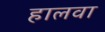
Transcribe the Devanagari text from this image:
हालवा